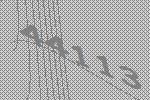
44113